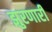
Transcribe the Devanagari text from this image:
झुरणारी